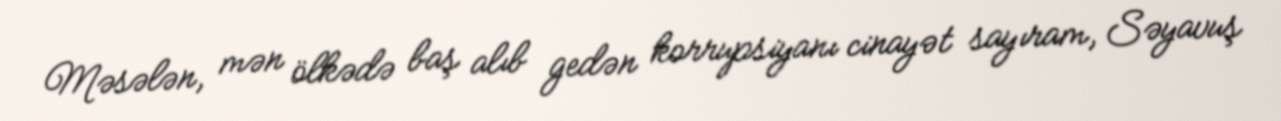
Məsələn, mən ölkədə baş alıb gedən korrupsiyanı cinayət sayıram, Səyavuş